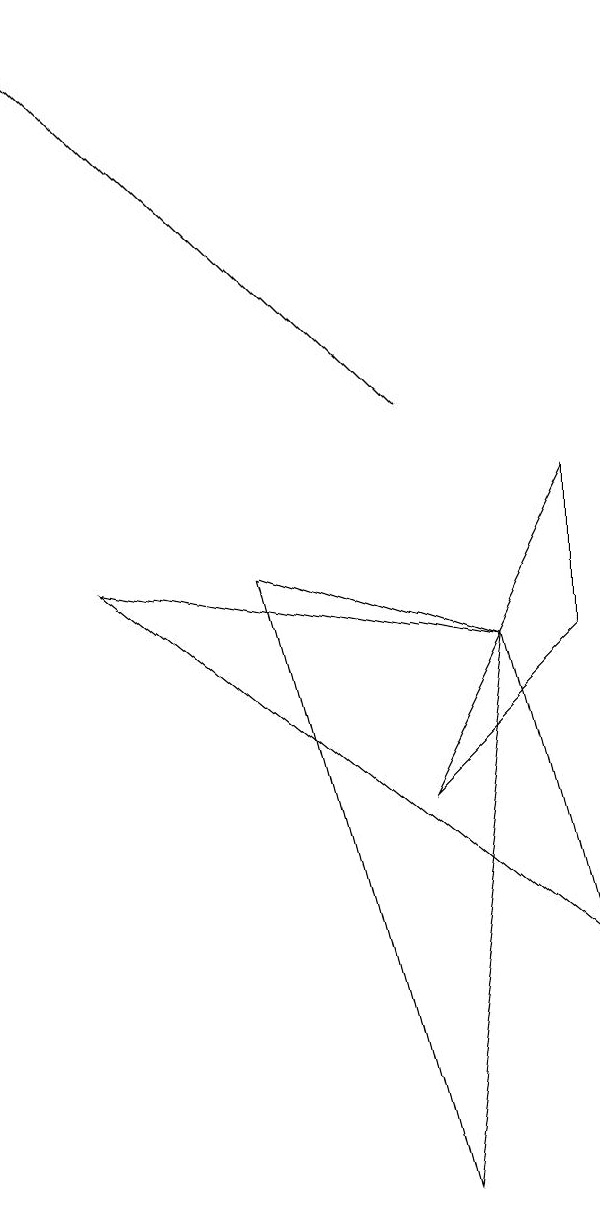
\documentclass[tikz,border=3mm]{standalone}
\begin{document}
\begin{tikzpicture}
\draw (7,7) -- (2,8) -- (8,3) -- cycle;
\draw (8,7) -- (6,5) -- (8,9) -- cycle;
\draw (6,0) -- (7,7) -- (4,8) -- cycle;
\draw[->] (6,10) -- (1,15);
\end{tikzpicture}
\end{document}